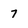
Character: 7